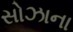
સોઝાના